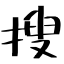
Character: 搜